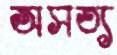
অসত্য